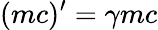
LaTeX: (mc)^{\prime}=\gamma mc